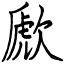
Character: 歋